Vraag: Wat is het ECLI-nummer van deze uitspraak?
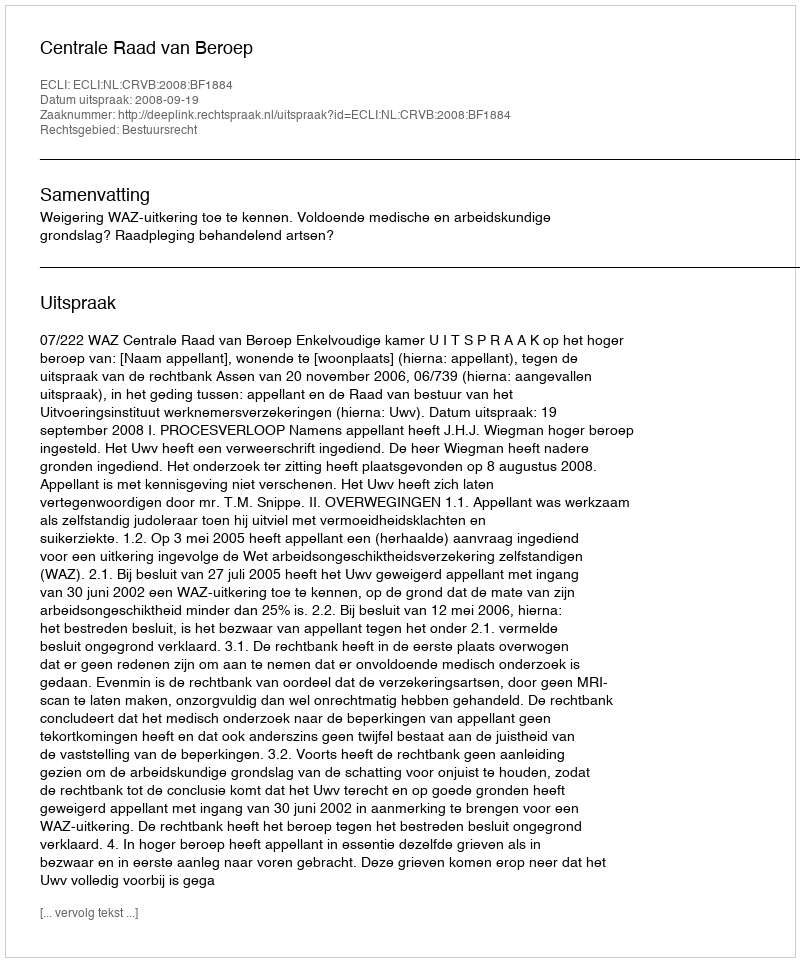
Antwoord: ECLI:NL:CRVB:2008:BF1884